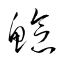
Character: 鯰